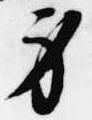
身